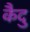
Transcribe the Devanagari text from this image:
कैदु